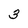
Character: 3